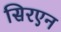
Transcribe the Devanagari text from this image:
सिरएन